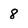
Character: 8